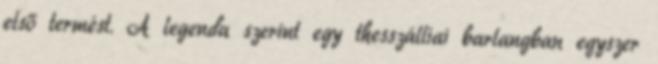
első termést. A legenda szerint egy thesszálliai barlangban egyszer